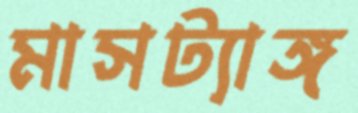
মাসট্যাঙ্গ